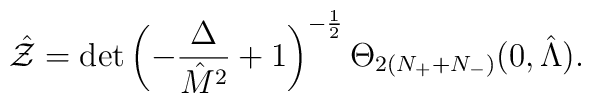
\hat{\cal Z}=\det\left(-{\Delta\over \hat{M}^2}+1\right)^{-{1\over 2}} \Theta_{2(N_++N_-)}(0,\hat\Lambda).